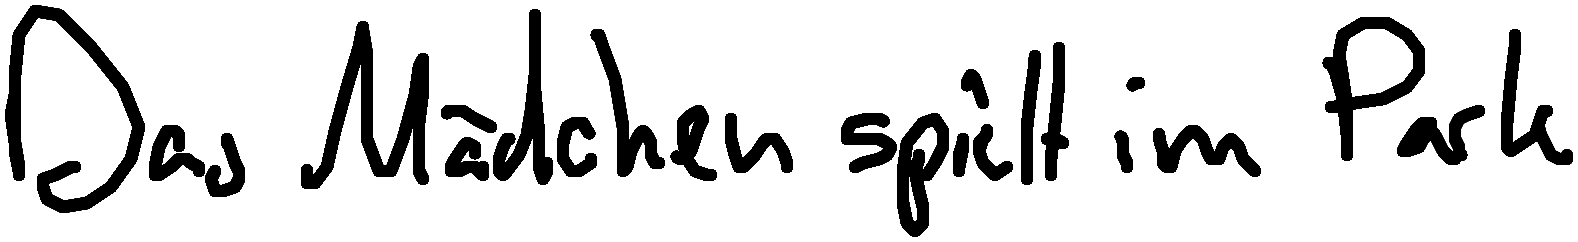
Das Mädchen spielt im Park.